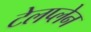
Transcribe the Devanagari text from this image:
टेलप्लेन